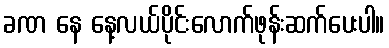
ခဏ နေ နေ့လယ်ပိုင်းလောက်ဖုန်းဆက်ပေးပါ။